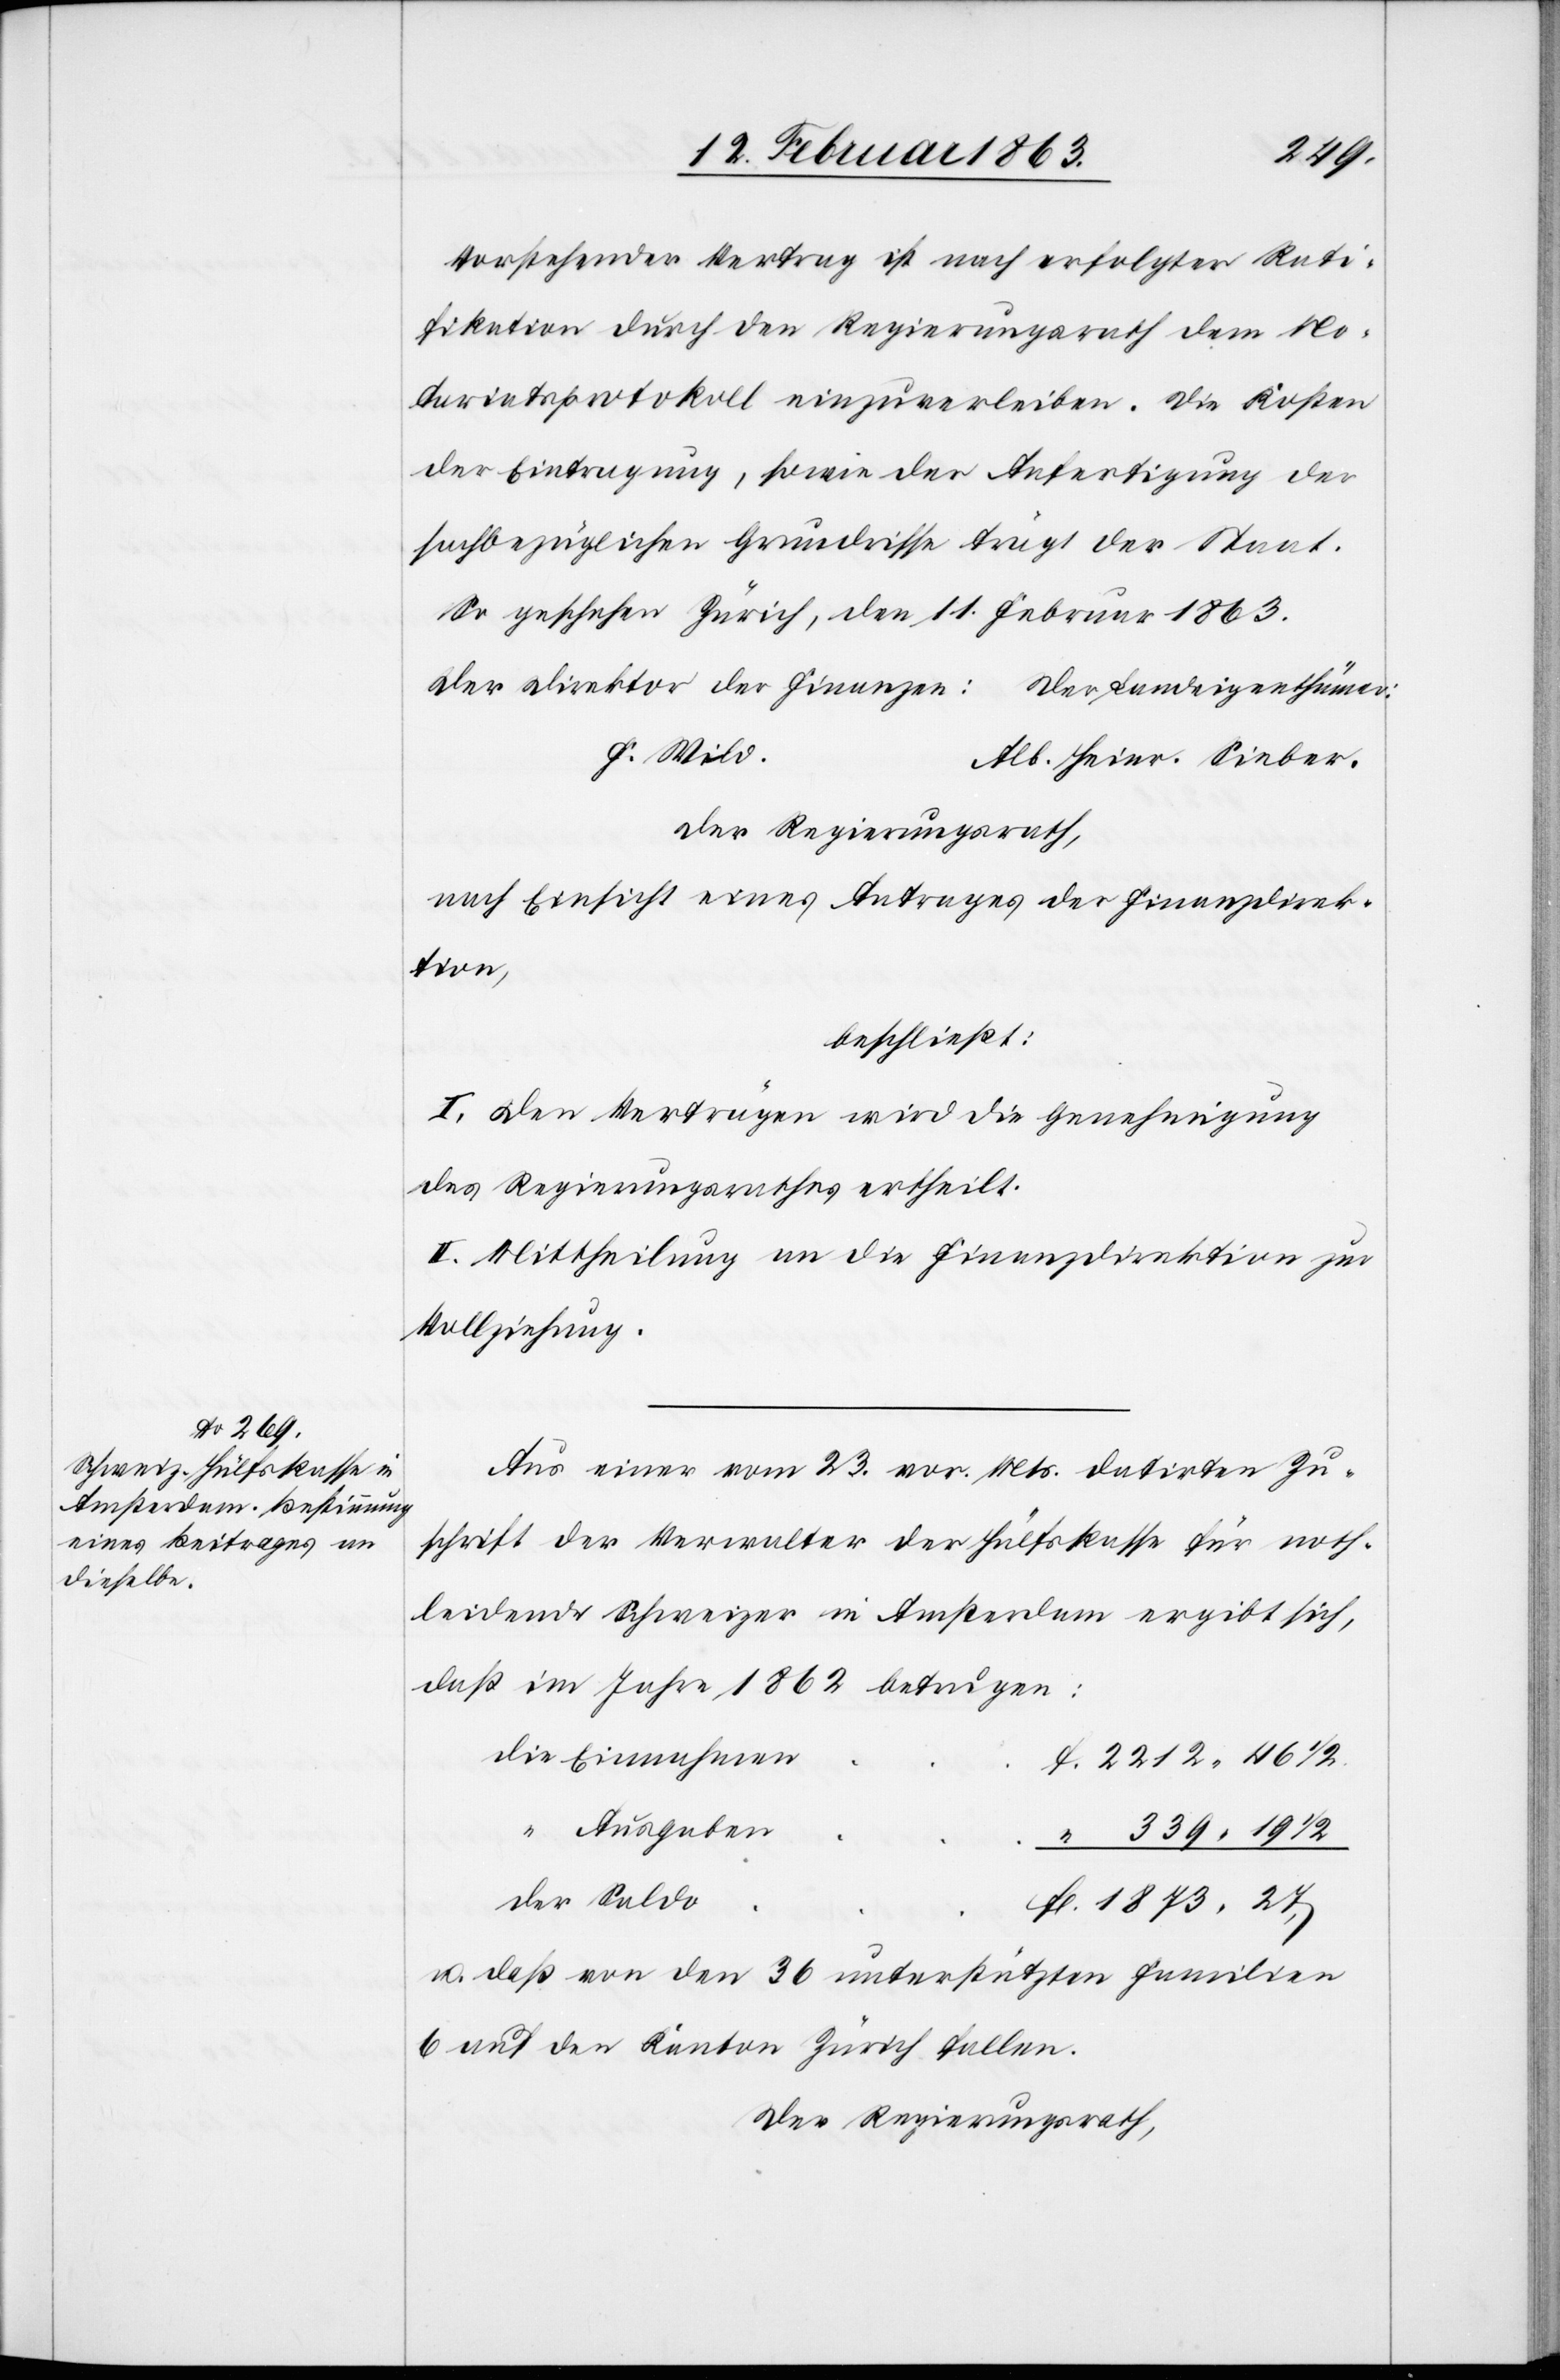
Vorstehender Vertrag ist nach erfolgter Rati¬
fikation durch den Regierungsrath dem No¬
tariatsprotokoll einzuverleiben. Die Kosten
der Eintragung, sowie der Anfertigung der
sachbezüglichen Grundrisse trägt der Staat.
So geschehen Zürich, den 11. Februar 1863.
Der Direktor der Finanzen:					Der Landeigenthümer:
Der Regierungsrath,
nach Einsicht eines Antrages der Finanzdirek¬
tion,
beschließt:
I. Den Verträgen wird die Genehmigung
des Regierungsrathes ertheilt.
II. Mittheilung an die Finanzdirektion zur
Vollziehung.
Aus einer vom 23. vor. Mts. datirten Zu¬
schrift der Verwalter der Hülfskasse für noth¬
leidende Schweizer in Amsterdam ergibt sich,
daß im Jahre 1862 betrugen:
die Einnahme¬
n	f. 2212. 46 1/2.
der
Ausgaben	“
339. 19 1/2
1873. 27
u. daß von den 36 unterstützten Familien
6 auf den Kanton Zürich fallen.
Der Regierungsrath,